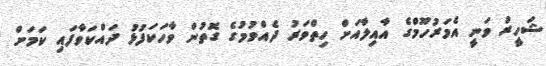
ޝަހީރު ވަނީ އެމަރުހޫމްގެ އާއިލާއަށް ހިތްވަރު ދެއްވުމުގެ ގޮތުން ވާހަކަފުޅު ދައްކަވާފައި ކަމަށް